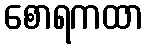
စောရကထာ